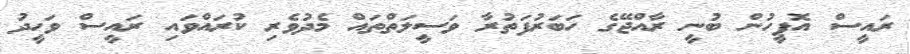
ރައީސް އޮފީހުން ބުނީ ރާއްޖޭގެ ހަބަރުފަތުރާ ވަސީލަތްތައް މެދުވެރި ކުރައްވައި ރައީސް ވަހީދު